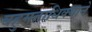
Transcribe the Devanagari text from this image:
बहुमताधिक्याने